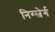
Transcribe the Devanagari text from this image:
निग्स्बेर्ग